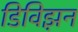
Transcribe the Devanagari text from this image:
डिविझ़न